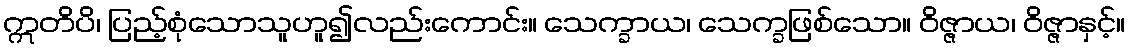
ဣတိပိ၊ ပြည့်စုံသောသူဟူ၍လည်းကောင်း။ သေက္ခာယ၊ သေက္ခဖြစ်သော။ ဝိဇ္ဇာယ၊ ဝိဇ္ဇာနှင့်။